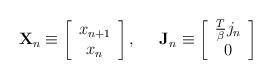
LaTeX: \begin{align*}\mathbf{X}_n\equiv \left[ \begin{array}{c}x_{n+1} \\ x_n\end{array}\right] ,\;\;\;\;\;\mathbf{J}_n\equiv \left[ \begin{array}{c}\frac T\beta j_n \\ 0\end{array}\right]\end{align*}